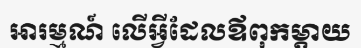
អារម្មណ៍ លើអ្វីដែលឪពុកម្តាយ